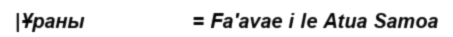
|Ұраны                  = Fa'avae i le Atua Samoa